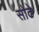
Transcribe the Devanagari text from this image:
सोढे